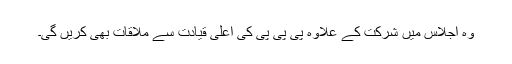
وہ اجلاس میں شرکت کے علاوہ پی پی پی کی اعلیٰ قیادت سے ملاقات بھی کریں گی۔